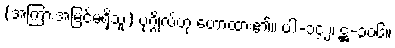
(အကြားအမြင်မရှိသူ) ပုဂ္ဂိုလ်ဟု ဟောထား၏။ ပါ-၁၄၂၊ ဋ္ဌ-၃၀၆။